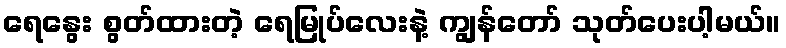
ရေနွေး စွတ်ထားတဲ့ ရေမြုပ်လေးနဲ့ ကျွန်တော် သုတ်ပေးပါ့မယ်။